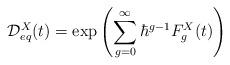
LaTeX: \begin{align*} \mathcal{D}_{eq}^{X} (t) = \exp \left(\sum_{g=0}^{\infty} \hbar^{g-1} F_g^{X} (t) \right) \end{align*}